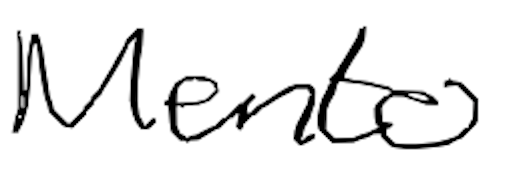
Text: Mento
Cross-out: clean
Writing tool: digital_black